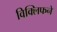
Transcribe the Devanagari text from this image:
विक्लिफने